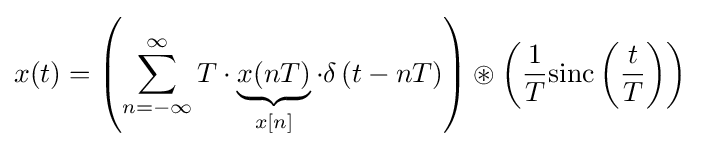
x(t)=\left(\sum _{n=-\infty }^{\infty }T\cdot \underbrace {x(nT)} _{x[n]}\cdot \delta \left(t-nT\right)\right)\circledast \left({\frac {1}{T}}{\rm {sinc}}\left({\frac {t}{T}}\right)\right)